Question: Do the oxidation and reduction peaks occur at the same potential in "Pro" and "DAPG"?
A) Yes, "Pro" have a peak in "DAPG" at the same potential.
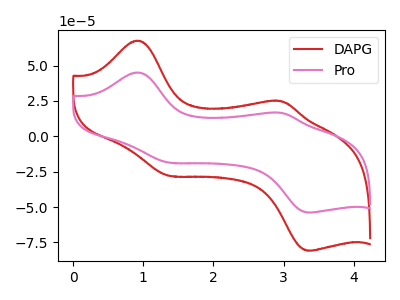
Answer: <think>The red curve "DAPG" has anodic peaks at (0.95V, 67.55uA) (2.95V, 24.75uA) and cathodic peaks at (1.35V, -27.75uA) (3.40V, -80.85uA). The pink curve "Pro" has anodic peaks at (0.95V, 45.05uA) (2.95V, 16.50uA) and cathodic peaks at (1.35V, -18.50uA) (3.40V, -53.90uA).</think>
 <answer>A) Yes, "Pro" have a peak in "DAPG" at the same potential.</answer>
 <eval>A</eval>